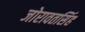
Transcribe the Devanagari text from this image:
जोरावतसिंह